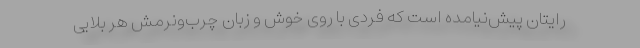
رایتان پیش‌نیامده است که فردی با روی خوش و زبان چرب‌ونرمش هر بلایی